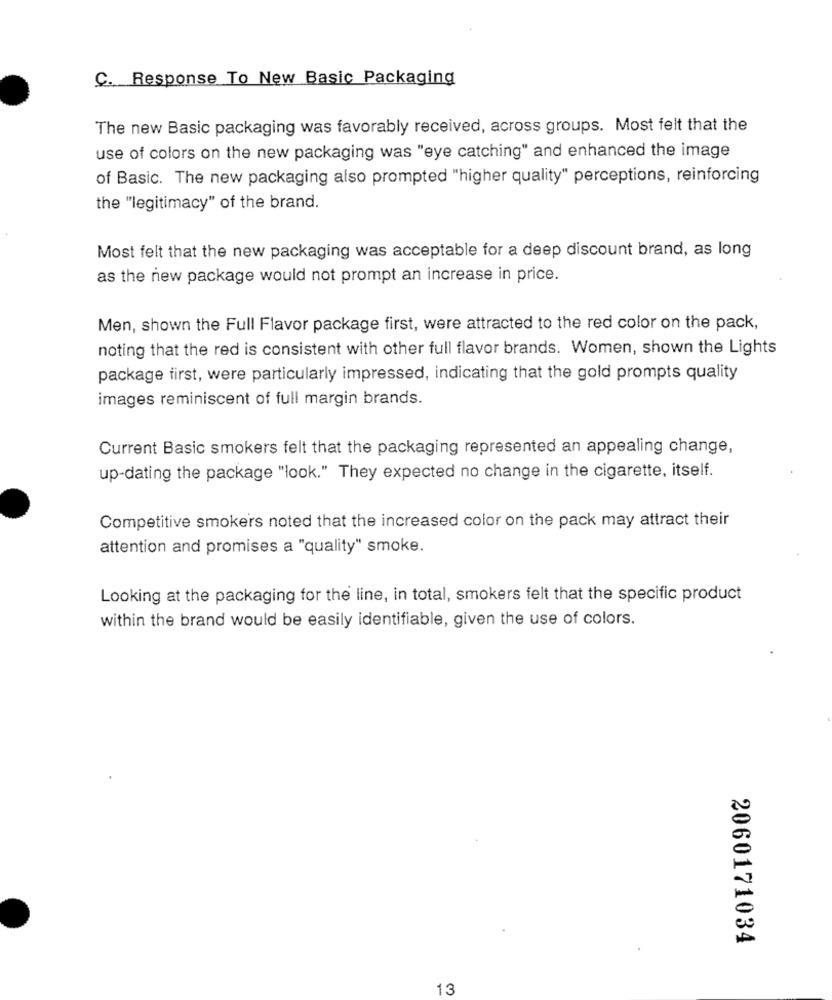
C. Response To New Basic Packaging
The new Basic packaging was favorably received, across groups. Most felt that the
use of colors on the new packaging was "eye catching" and enhanced the image
of Basic. The new packaging also prompted "higher quality" perceptions, reinforcing
the "legitimacy" of the brand.
Most felt that the new packaging was acceptable for a deep discount brand, as long
as the new package would not prompt an increase in price.
Men, shown the Full Flavor package first, were attracted to the red color on the pack,
noting that the red is consistent with other full flavor brands. Women, shown the Lights
package first, were particularly impressed, indicating that the gold prompts quality
images reminiscent of full margin brands.
Current Basic smokers felt that the packaging represented an appealing change,
up-dating the package "look." They expected no change in the cigarette, itself.
Competitive smokers noted that the increased color on the pack may attract their
attention and promises a "quality" smoke.
Looking at the packaging for the line, in total, smokers felt that the specific product
within the brand would be easily identifiable, given the use of colors.
2060171034
13